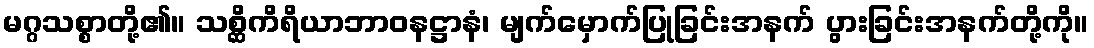
မဂ္ဂသစ္စာတို့၏။ သစ္ဆိကိရိယာဘာဝနဋ္ဌာနံ၊ မျက်မှောက်ပြုခြင်းအနက် ပွားခြင်းအနက်တို့ကို။